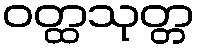
ဝတ္ထသုတ္တ